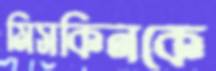
মিসকিনকে